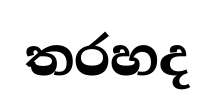
තරහද